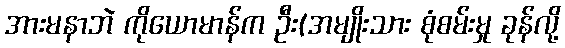
အားမနာဘဲ ကိုယောမာန်က ဦး(အမျိုးသား စုံစမ်းမှု ခုန်လို့